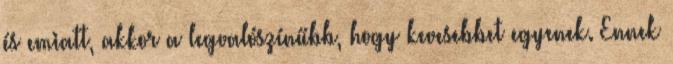
és emiatt, akkor a legvalószínűbb, hogy kevesebbet egyenek. Ennek